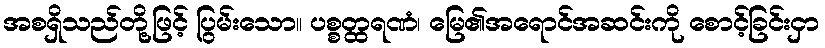
အစရှိသည်တို့ဖြင့် ပြွမ်းသော။ ပစ္စတ္ထရဏံ၊ မြေ၏အရောင်အဆင်းကို စောင့်ခြင်းငှာ